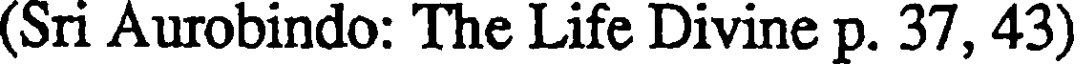
(Sri Aurobindo: The Life Divine p. 37, 43)